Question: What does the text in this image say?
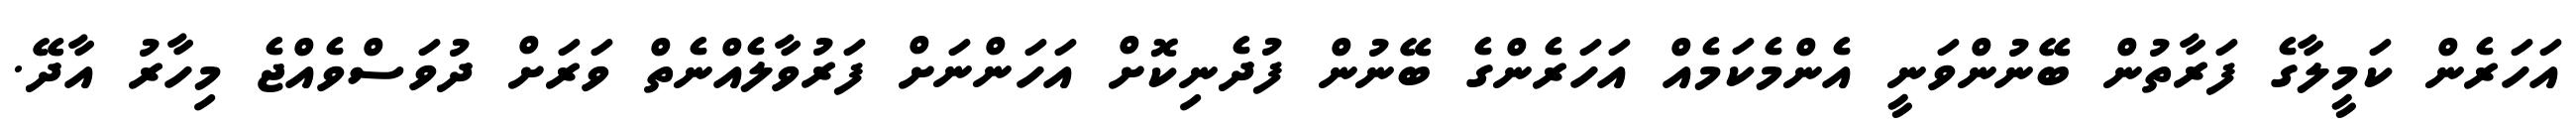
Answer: އަހަރެން ކަމީލާގެ ފަރާތުން ބޭނުންވަނީ އެންމެކަމެއް އަހަރެންގެ ބޭނުން ފުދެނިކޮށް އަހަންނަށް ފަރުވާލެއްނެތް ވަރަށް ދުވަސްވެއްޖެ މިހާރު އާދޭ.